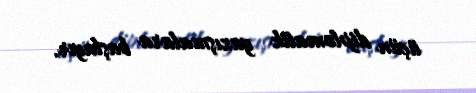
üçün diplomatik yazışmalara başlayır.